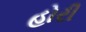
હોરી